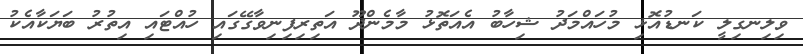
ވިލިނގިލީ ކަނޑުއޮޅި މުހައްމަދު ޝިހާބު އެއަތޮޅު މާމެންދޫ އަތިރިފިނިވާގޭގައި ހުއްޓައި އިތުރު ބަޔަކާއެކު